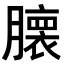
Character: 𮍁